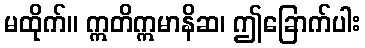
မထိုက်။ ဣတိဣမာနိဆ၊ ဤခြောက်ပါး